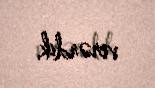
verərdik.